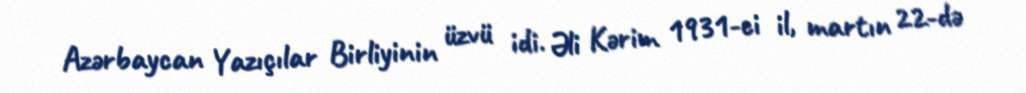
Azərbaycan Yazıçılar Birliyinin üzvü idi. Əli Kərim 1931-ci il, martın 22-də